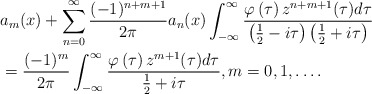
\begin{align*}& a_{m}(x)+\sum_{n=0}^{\infty}\frac{(-1)^{n+m+1}}{2\pi}a_{n}(x)\int_{-\infty}^{\infty}\frac{\varphi\left( \tau\right) z^{n+m+1}(\tau)d\tau}{\left(\frac{1}{2}-i\tau\right) \left( \frac{1}{2}+i\tau\right) }\\& =\frac{(-1)^{m}}{2\pi}\int_{-\infty}^{\infty}\frac{\varphi\left(\tau\right) z^{m+1}(\tau)d\tau}{\frac{1}{2}+i\tau},m=0,1,\ldots.\end{align*}